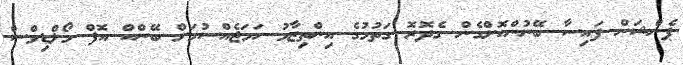
ޕެންޝަން ފައިސާ ބޭނުންކޮށްގެން ގެދޮރޮ ގަތުމުގެ އިންތިޒާމު ހަމަޖެއްސުމަށް ބޭންކް އޮފް މޯލްޑިވްސް